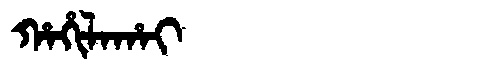
Manchu: ᡥᠠᡥᡳᠯᠠᡥᠠᡳ
Romanization: HAHILAHAI